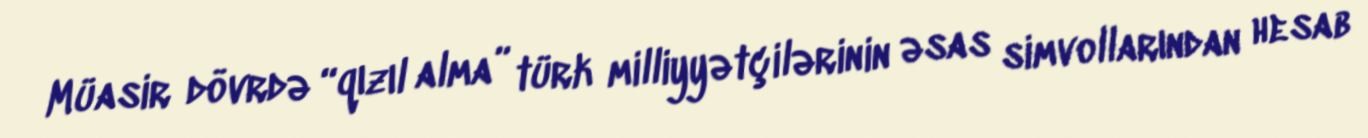
Müasir dövrdə “qızıl alma” türk milliyyətçilərinin əsas simvollarından hesab